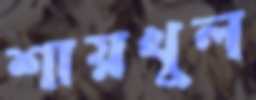
শায়খুল